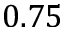
0 . 7 5